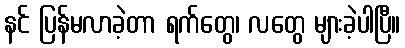
နင် ပြန်မလာခဲ့တာ ရက်တွေ၊ လတွေ များခဲ့ပါပြီ။